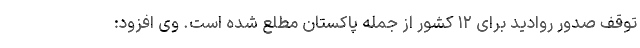
توقف صدور روادید برای ۱۲ کشور از جمله پاکستان مطلع شده است. وی افزود: